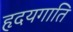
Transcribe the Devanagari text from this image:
हृदयगाति